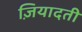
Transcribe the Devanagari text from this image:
ज़ियादती